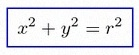
x^2+y^2=r^2